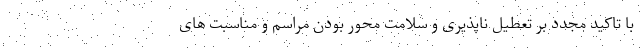
با تاکید مجدد بر تعطیل ناپذیری و سلامت محور بودن مراسم و مناسبت های